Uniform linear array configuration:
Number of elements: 32
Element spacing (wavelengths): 0.75
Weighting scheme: kaiser
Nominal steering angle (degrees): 30
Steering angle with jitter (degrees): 28.506
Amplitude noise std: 0.05
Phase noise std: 0.05

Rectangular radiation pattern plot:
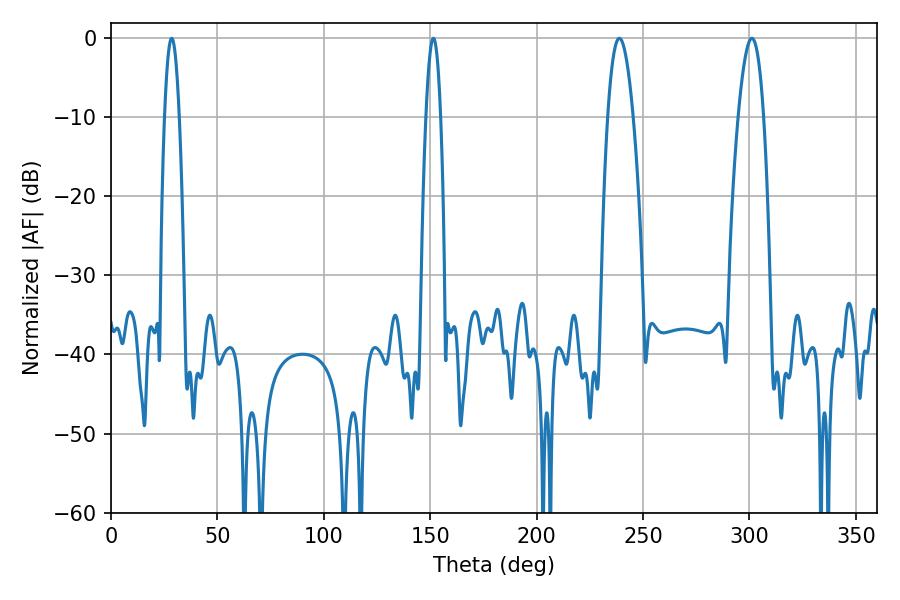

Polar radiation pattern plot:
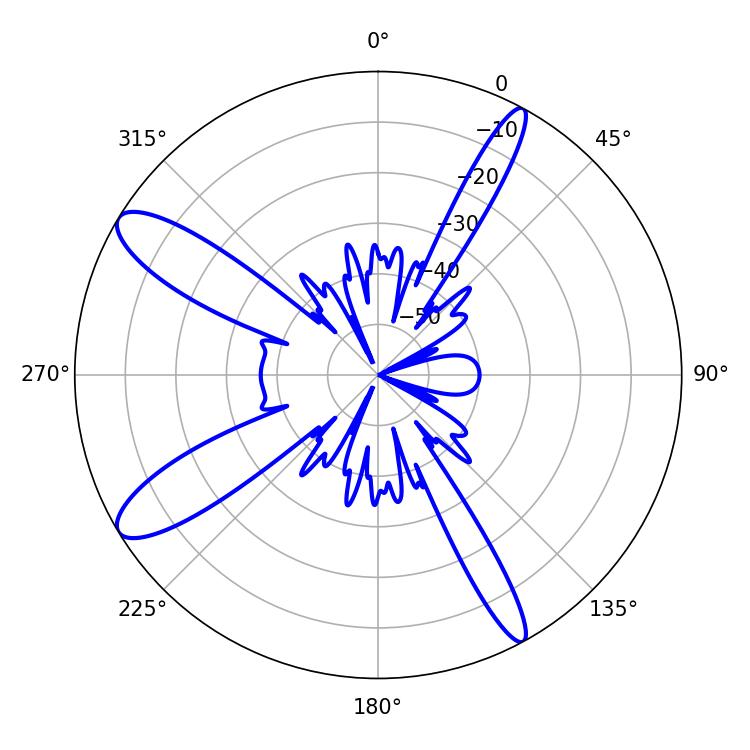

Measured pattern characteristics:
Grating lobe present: TRUE
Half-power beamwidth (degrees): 6.48
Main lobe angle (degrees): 238.86